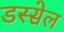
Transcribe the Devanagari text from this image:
डस्सेल